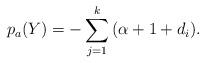
LaTeX: \begin{align*}p_a(Y) = -\sum_{j=1}^{k}{(\alpha+1+d_i)}.\end{align*}